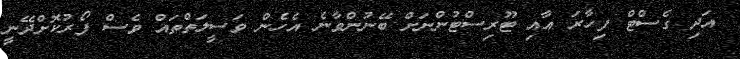
އަދި ގެސްޓް ފިހާރަ އާއި ޓޫރިސްޓުންނަށް ބޭނުންވާނެ އެހެން ވަސީލަތްތައް ވެސް ފޯރުކޮށްދޭނީ